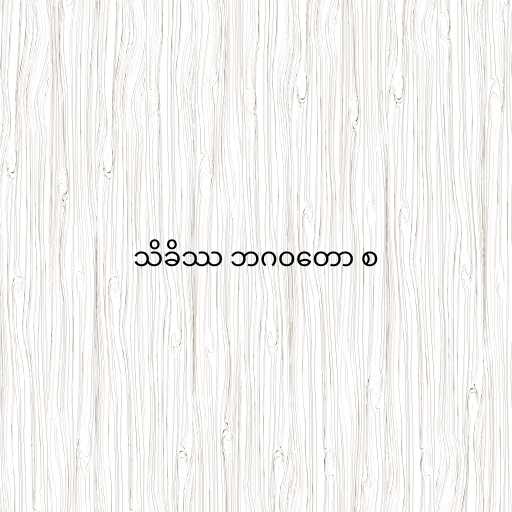
သိခိဿ ဘဂဝတော စ